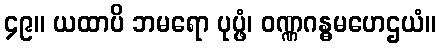
၄၉။ ယထာပိ ဘမရော ပုပ္ဖံ၊ ဝဏ္ဏဂန္ဓမဟေဌယံ။